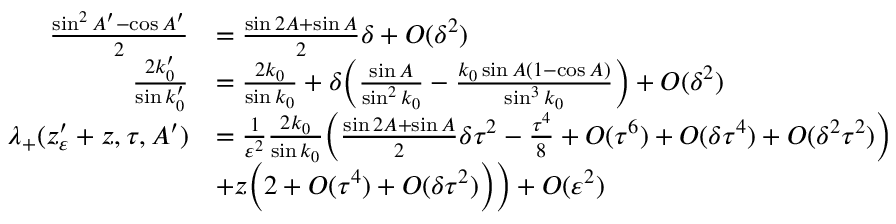
\begin{array} { r l } { \frac { \sin ^ { 2 } A ^ { \prime } - \cos A ^ { \prime } } { 2 } } & { = \frac { \sin 2 A + \sin A } { 2 } \delta + O ( \delta ^ { 2 } ) } \\ { \frac { 2 k _ { 0 } ^ { \prime } } { \sin k _ { 0 } ^ { \prime } } } & { = \frac { 2 k _ { 0 } } { \sin k _ { 0 } } + \delta \Big ( \frac { \sin A } { \sin ^ { 2 } k _ { 0 } } - \frac { k _ { 0 } \sin A ( 1 - \cos A ) } { \sin ^ { 3 } k _ { 0 } } \Big ) + O ( \delta ^ { 2 } ) } \\ { \lambda _ { + } ( z _ { \varepsilon } ^ { \prime } + z , \tau , A ^ { \prime } ) } & { = \frac { 1 } { \varepsilon ^ { 2 } } \frac { 2 k _ { 0 } } { \sin k _ { 0 } } \Big ( \frac { \sin 2 A + \sin A } { 2 } \delta \tau ^ { 2 } - \frac { \tau ^ { 4 } } { 8 } + O ( \tau ^ { 6 } ) + O ( \delta \tau ^ { 4 } ) + O ( \delta ^ { 2 } \tau ^ { 2 } ) \Big ) } \\ & { + z \Big ( 2 + O ( \tau ^ { 4 } ) + O ( \delta \tau ^ { 2 } ) \Big ) \Big ) + O ( \varepsilon ^ { 2 } ) } \end{array}